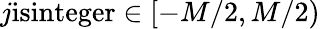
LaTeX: j\textrm{isinteger}\in[-M/2,M/2)